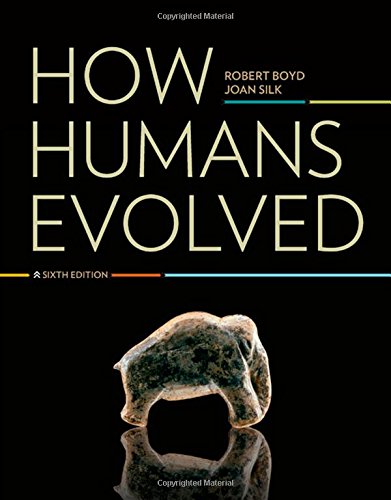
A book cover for How Humans Evolved (Sixth Edition); Robert Boyd; Politics & Social Sciences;